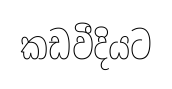
කඩවීදියට